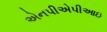
એનપીએપીઆઇ